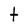
Character: t